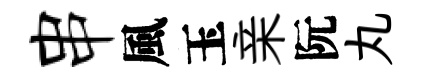
串風玉亲阮丸